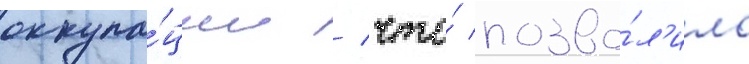
оккупа́ции / что́ позво́л'ило